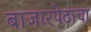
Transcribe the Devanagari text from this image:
बाजारपेठांचा